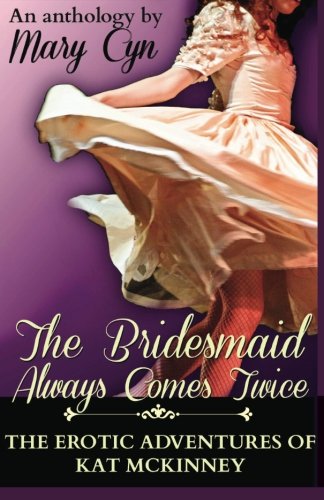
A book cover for The Bridesmaid Always Comes Twice: The Erotic Adventures of Kat McKinney; Mary Cyn; Romance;